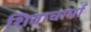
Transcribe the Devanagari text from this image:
शिवाचार्या